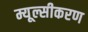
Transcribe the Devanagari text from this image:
म्यूल्सीकरण